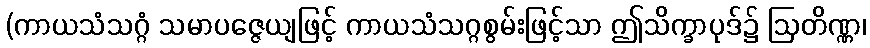
(ကာယသံသဂ္ဂံ သမာပဇ္ဇေယျဖြင့် ကာယသံသဂ္ဂစွမ်းဖြင့်သာ ဤသိက္ခာပုဒ်၌ ဩတိဏ္ဏ၊